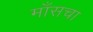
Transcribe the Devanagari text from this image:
माँसचा